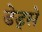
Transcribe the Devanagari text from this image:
डेड्से